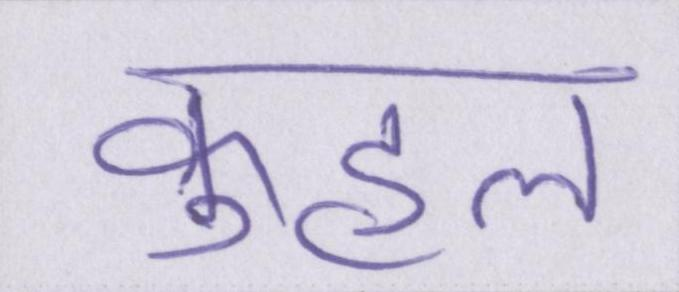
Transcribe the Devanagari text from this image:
कुहल